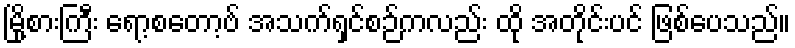
မြို့စားကြီး ရော့စတော့ဗ် အသက်ရှင်စဉ်ကလည်း ထို အတိုင်းပင် ဖြစ်ပေသည်။